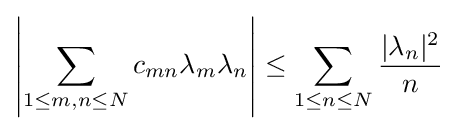
\left|\sum _{1\leq m,n\leq N}c_{mn}\lambda _{m}\lambda _{n}\right|\leq \sum _{1\leq n\leq N}{\frac {|\lambda _{n}|^{2}}{n}}